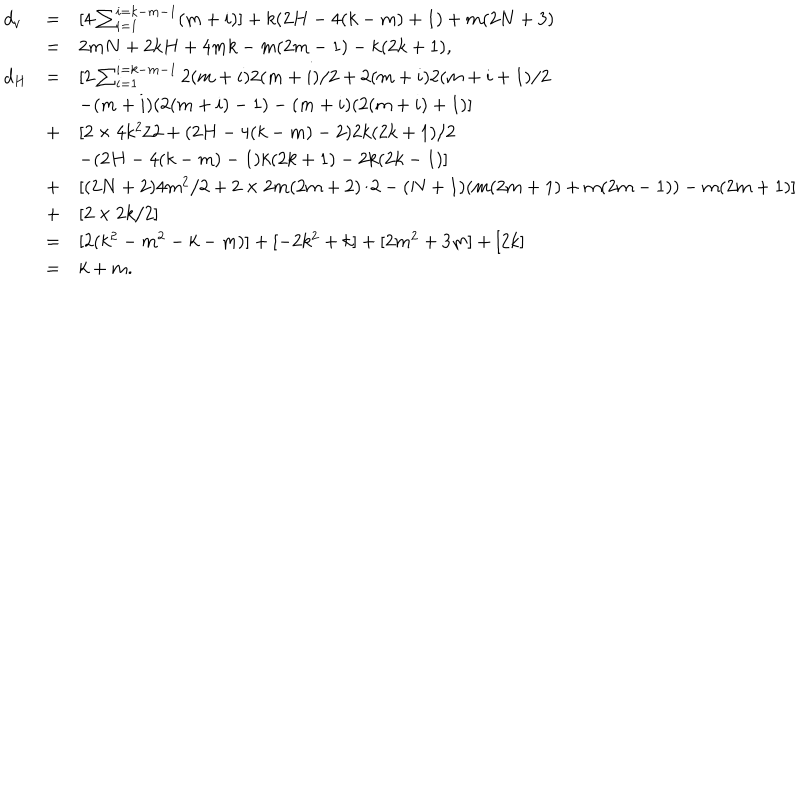
LaTeX: \begin{array} { l l l } { { d _ { v } } } & { { = } } & { { [ 4 \sum _ { i = 1 } ^ { i = k - m - 1 } ( m + i ) ] + k ( 2 H - 4 ( k - m ) + 1 ) + m ( 2 N + 3 ) } } \\ { { } } & { { = } } & { { 2 m N + 2 k H + 4 m k - m ( 2 m - 1 ) - k ( 2 k + 1 ) , } } \\ { { d _ { H } } } & { { = } } & { { [ 2 \sum _ { i = 1 } ^ { i = k - m - 1 } 2 ( m + i ) 2 ( m + i ) / 2 + 2 ( m + i ) 2 ( m + i + 1 ) / 2 } } \\ { { } } & { { } } & { { - ( m + i ) ( 2 ( m + i ) - 1 ) - ( m + i ) ( 2 ( m + i ) + 1 ) ] } } \\ { { } } & { { + } } & { { [ 2 \times 4 k ^ { 2 } / 2 + ( 2 H - 4 ( k - m ) - 2 ) 2 k ( 2 k + 1 ) / 2 } } \\ { { } } & { { } } & { { - ( 2 H - 4 ( k - m ) - 1 ) k ( 2 k + 1 ) - 2 k ( 2 k - 1 ) ] } } \\ { { } } & { { + } } & { { [ ( 2 N + 2 ) 4 m ^ { 2 } / 2 + 2 \times 2 m ( 2 m + 2 ) / 2 - ( N + 1 ) ( m ( 2 m + 1 ) + m ( 2 m - 1 ) ) - m ( 2 m + 1 ) ] } } \\ { { } } & { { + } } & { { [ 2 \times 2 k / 2 ] } } \\ { { } } & { { = } } & { { [ 2 ( k ^ { 2 } - m ^ { 2 } - k - m ) ] + [ - 2 k ^ { 2 } + k ] + [ 2 m ^ { 2 } + 3 m ] + [ 2 k ] } } \\ { { } } & { { = } } & { { k + m . } } \\ \end{array}